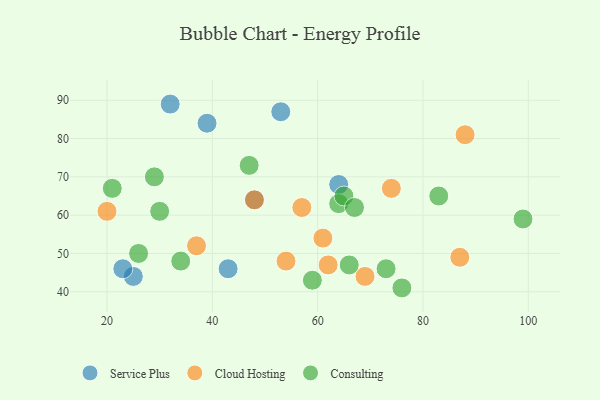
{"axis": {"x": "GDP", "y": "Life Expectancy"}, "legend": ["Cloud Hosting", "Consulting", "Service Plus"], "data": [{"x": "64", "y": 68, "type": "Service Plus"}, {"x": "43", "y": 46, "type": "Service Plus"}, {"x": "39", "y": 84, "type": "Service Plus"}, {"x": "48", "y": 64, "type": "Service Plus"}, {"x": "25", "y": 44, "type": "Service Plus"}, {"x": "53", "y": 87, "type": "Service Plus"}, {"x": "32", "y": 89, "type": "Service Plus"}, {"x": "23", "y": 46, "type": "Service Plus"}, {"x": "61", "y": 54, "type": "Cloud Hosting"}, {"x": "54", "y": 48, "type": "Cloud Hosting"}, {"x": "57", "y": 62, "type": "Cloud Hosting"}, {"x": "62", "y": 47, "type": "Cloud Hosting"}, {"x": "37", "y": 52, "type": "Cloud Hosting"}, {"x": "88", "y": 81, "type": "Cloud Hosting"}, {"x": "20", "y": 61, "type": "Cloud Hosting"}, {"x": "74", "y": 67, "type": "Cloud Hosting"}, {"x": "87", "y": 49, "type": "Cloud Hosting"}, {"x": "69", "y": 44, "type": "Cloud Hosting"}, {"x": "48", "y": 64, "type": "Cloud Hosting"}, {"x": "26", "y": 50, "type": "Consulting"}, {"x": "21", "y": 67, "type": "Consulting"}, {"x": "64", "y": 63, "type": "Consulting"}, {"x": "99", "y": 59, "type": "Consulting"}, {"x": "47", "y": 73, "type": "Consulting"}, {"x": "65", "y": 65, "type": "Consulting"}, {"x": "67", "y": 62, "type": "Consulting"}, {"x": "76", "y": 41, "type": "Consulting"}, {"x": "83", "y": 65, "type": "Consulting"}, {"x": "29", "y": 70, "type": "Consulting"}, {"x": "66", "y": 47, "type": "Consulting"}, {"x": "30", "y": 61, "type": "Consulting"}, {"x": "34", "y": 48, "type": "Consulting"}, {"x": "59", "y": 43, "type": "Consulting"}, {"x": "73", "y": 46, "type": "Consulting"}]}